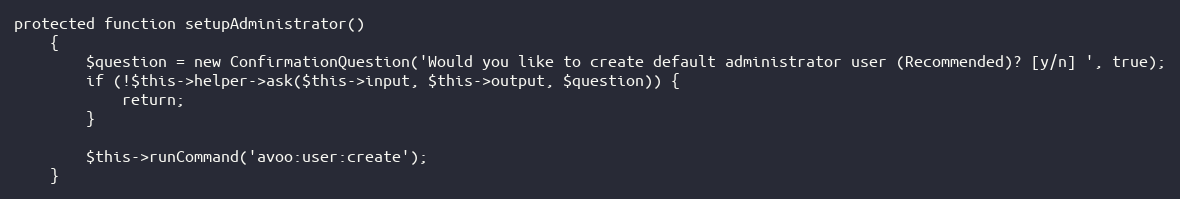
Language: PHP
protected function setupAdministrator()
    {
        $question = new ConfirmationQuestion('Would you like to create default administrator user (Recommended)? [y/n] ', true);
        if (!$this->helper->ask($this->input, $this->output, $question)) {
            return;
        }

        $this->runCommand('avoo:user:create');
    }